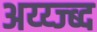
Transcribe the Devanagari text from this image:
अय्य्ज्ब्द